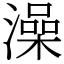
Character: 澡